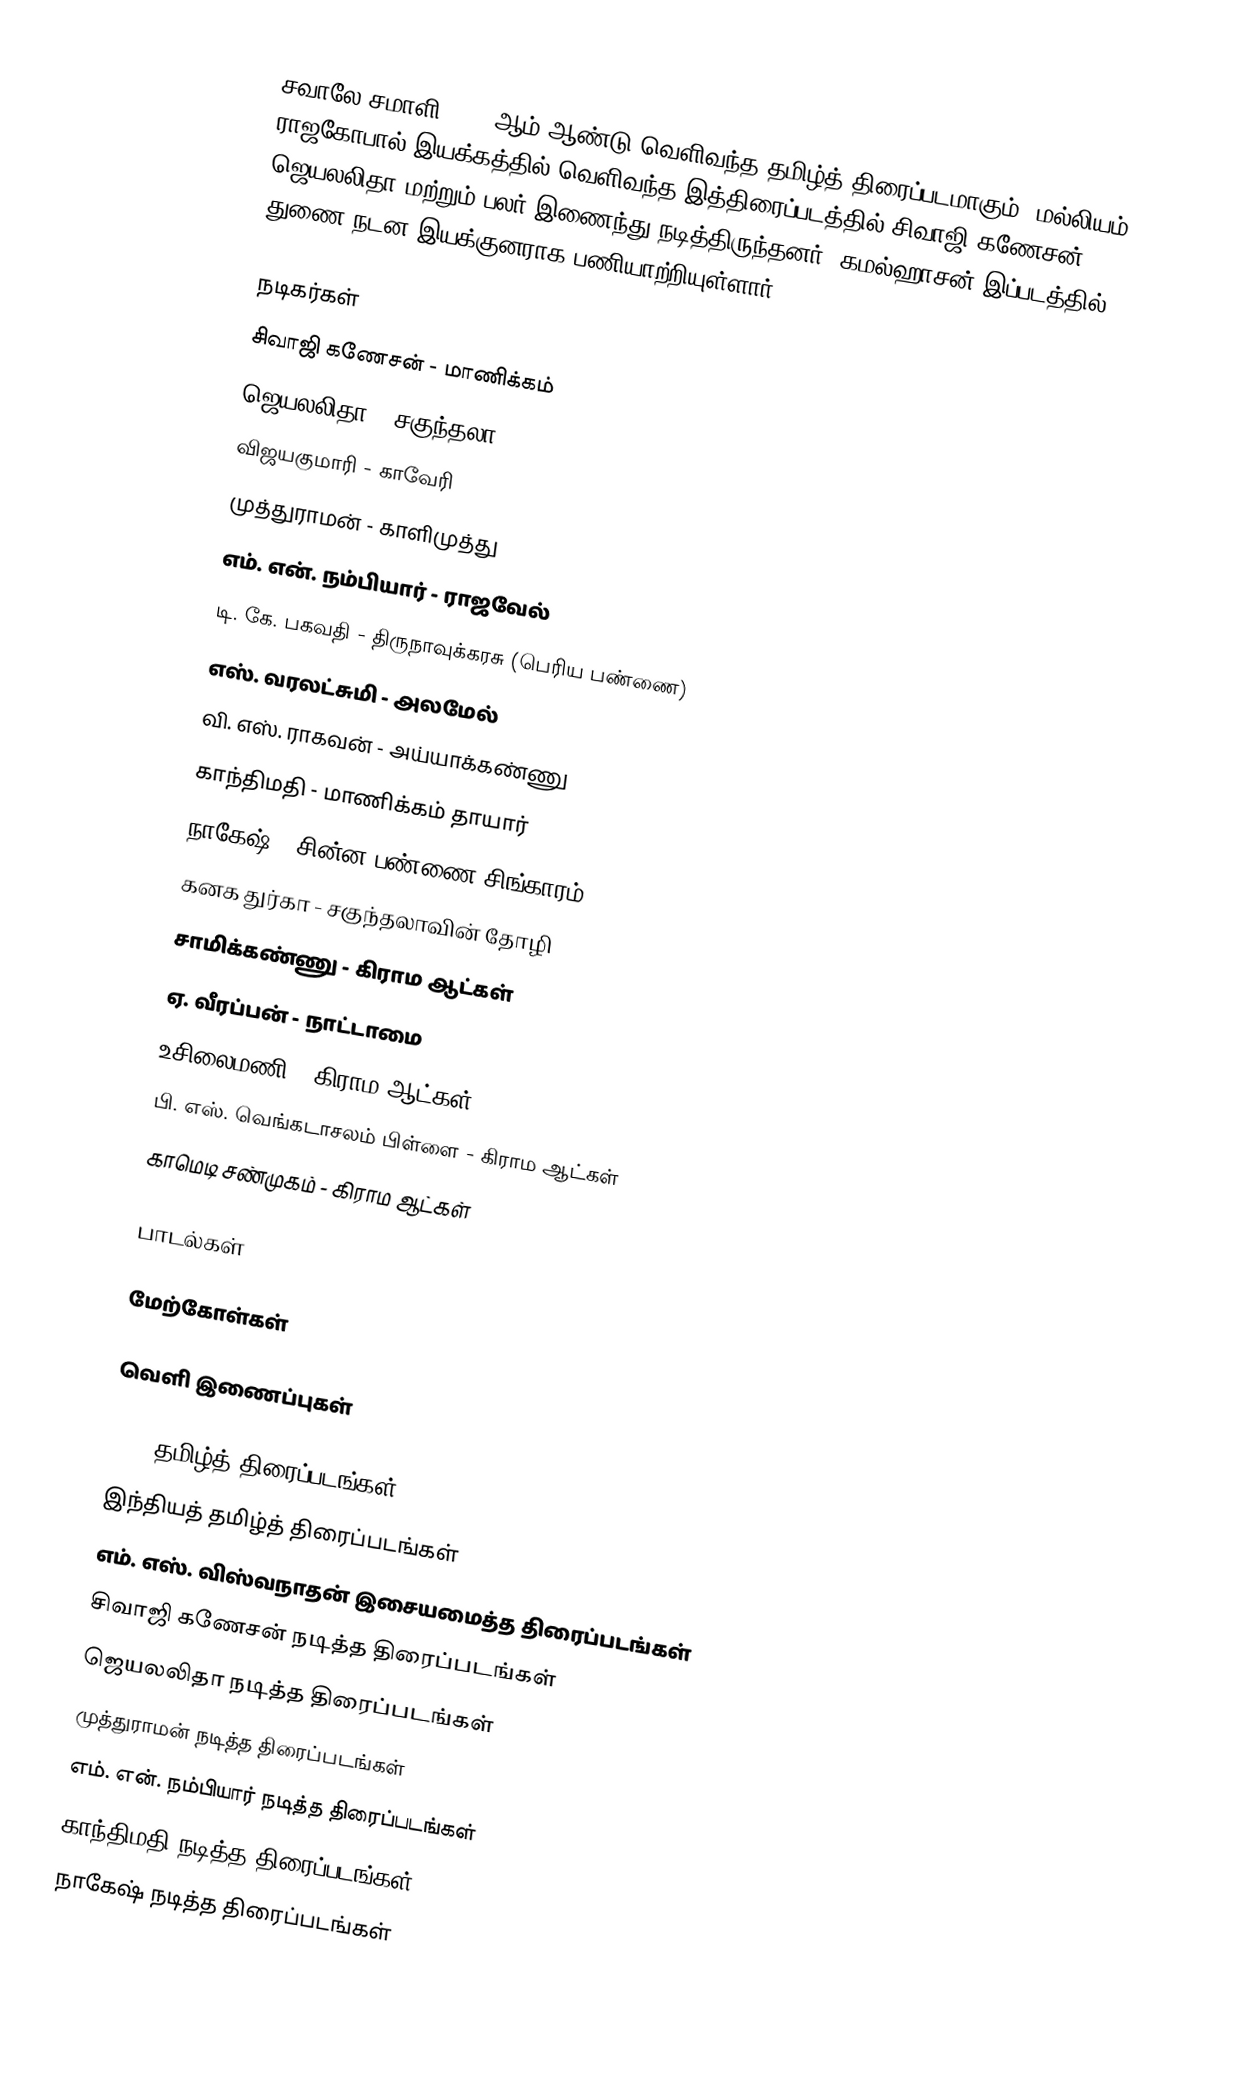
சவாலே சமாளி 1971-ஆம் ஆண்டு வெளிவந்த தமிழ்த் திரைப்படமாகும். மல்லியம் ராஜகோபால் இயக்கத்தில் வெளிவந்த இத்திரைப்படத்தில் சிவாஜி கணேசன், ஜெயலலிதா மற்றும் பலர் இணைந்து நடித்திருந்தனர். கமல்ஹாசன் இப்படத்தில் துணை நடன இயக்குனராக பணியாற்றியுள்ளார்.

நடிகர்கள்
 சிவாஜி கணேசன் - மாணிக்கம்
 ஜெயலலிதா - சகுந்தலா
 விஜயகுமாரி - காவேரி
 முத்துராமன் - காளிமுத்து
 எம். என். நம்பியார் - ராஜவேல்
 டி. கே. பகவதி - திருநாவுக்கரசு (பெரிய பண்ணை)
 எஸ். வரலட்சுமி - அலமேல்
 வி. எஸ். ராகவன் - அய்யாக்கண்ணு
 காந்திமதி - மாணிக்கம் தாயார்
 நாகேஷ் - சின்ன பண்ணை சிங்காரம்
 கனக துர்கா - சகுந்தலாவின் தோழி
 சாமிக்கண்ணு - கிராம ஆட்கள்
 ஏ. வீரப்பன் - நாட்டாமை
 உசிலைமணி - கிராம ஆட்கள்
 பி. எஸ். வெங்கடாசலம் பிள்ளை - கிராம ஆட்கள்
 காமெடி சண்முகம் - கிராம ஆட்கள்

பாடல்கள்

மேற்கோள்கள்

வெளி இணைப்புகள்

1971 தமிழ்த் திரைப்படங்கள்
இந்தியத் தமிழ்த் திரைப்படங்கள்
எம். எஸ். விஸ்வநாதன் இசையமைத்த திரைப்படங்கள்
சிவாஜி கணேசன் நடித்த திரைப்படங்கள்
ஜெயலலிதா நடித்த திரைப்படங்கள்
முத்துராமன் நடித்த திரைப்படங்கள்
எம். என். நம்பியார் நடித்த திரைப்படங்கள்
காந்திமதி நடித்த திரைப்படங்கள்
நாகேஷ் நடித்த திரைப்படங்கள்